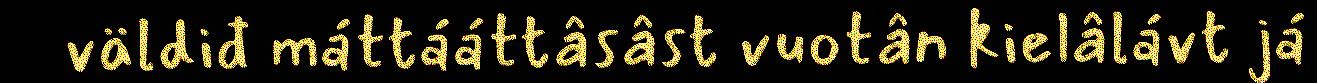
väldiđ máttááttâsâst vuotân kielâlávt já